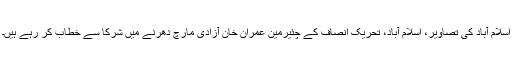
اسلام آباد کی تصاویر، اسلام آباد، تحریک انصاف کے چئیرمین عمران خان آزادی مارچ دھرنے میں شرکا سے خطاب کر رہے ہیں۔